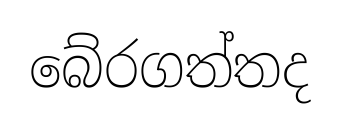
බේරගත්තද